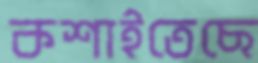
কশাইতেছে